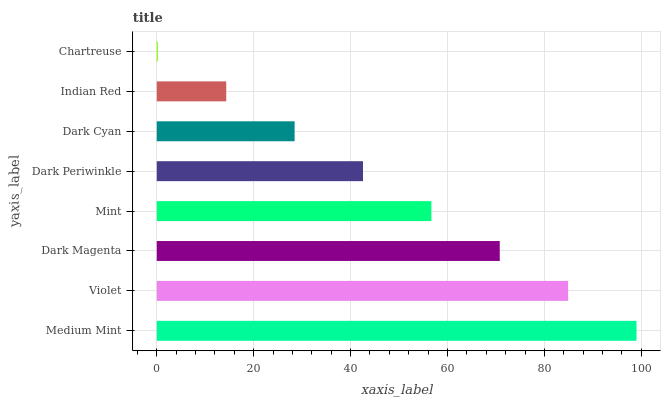
| yaxis_label | bars |
 | --- | --- |
 | Medium Mint | 99 |
 | Violet | 84.9 |
 | Dark Magenta | 70.8 |
 | Mint | 56.7 |
 | Dark Periwinkle | 42.6 |
 | Dark Cyan | 28.4 |
 | Indian Red | 14.3 |
 | Chartreuse | 0.226 |